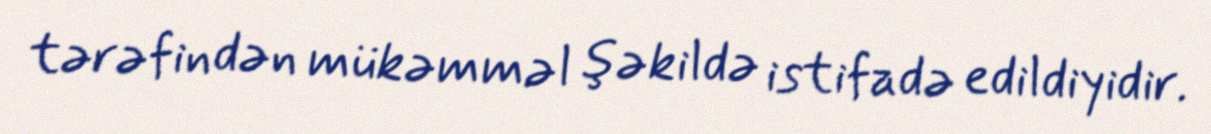
tərəfindən mükəmməl şəkildə istifadə edildiyidir.